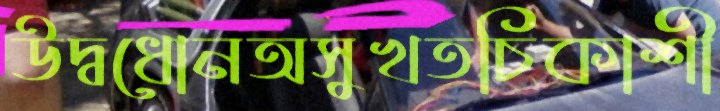
উদ্বধোনঅসুখতচিকাশী